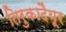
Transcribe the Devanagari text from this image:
तिरुकादैयूर